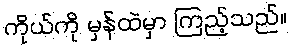
ကိုယ်ကို မှန်ထဲမှာ ကြည့်သည်။